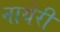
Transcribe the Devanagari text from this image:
नायेरी